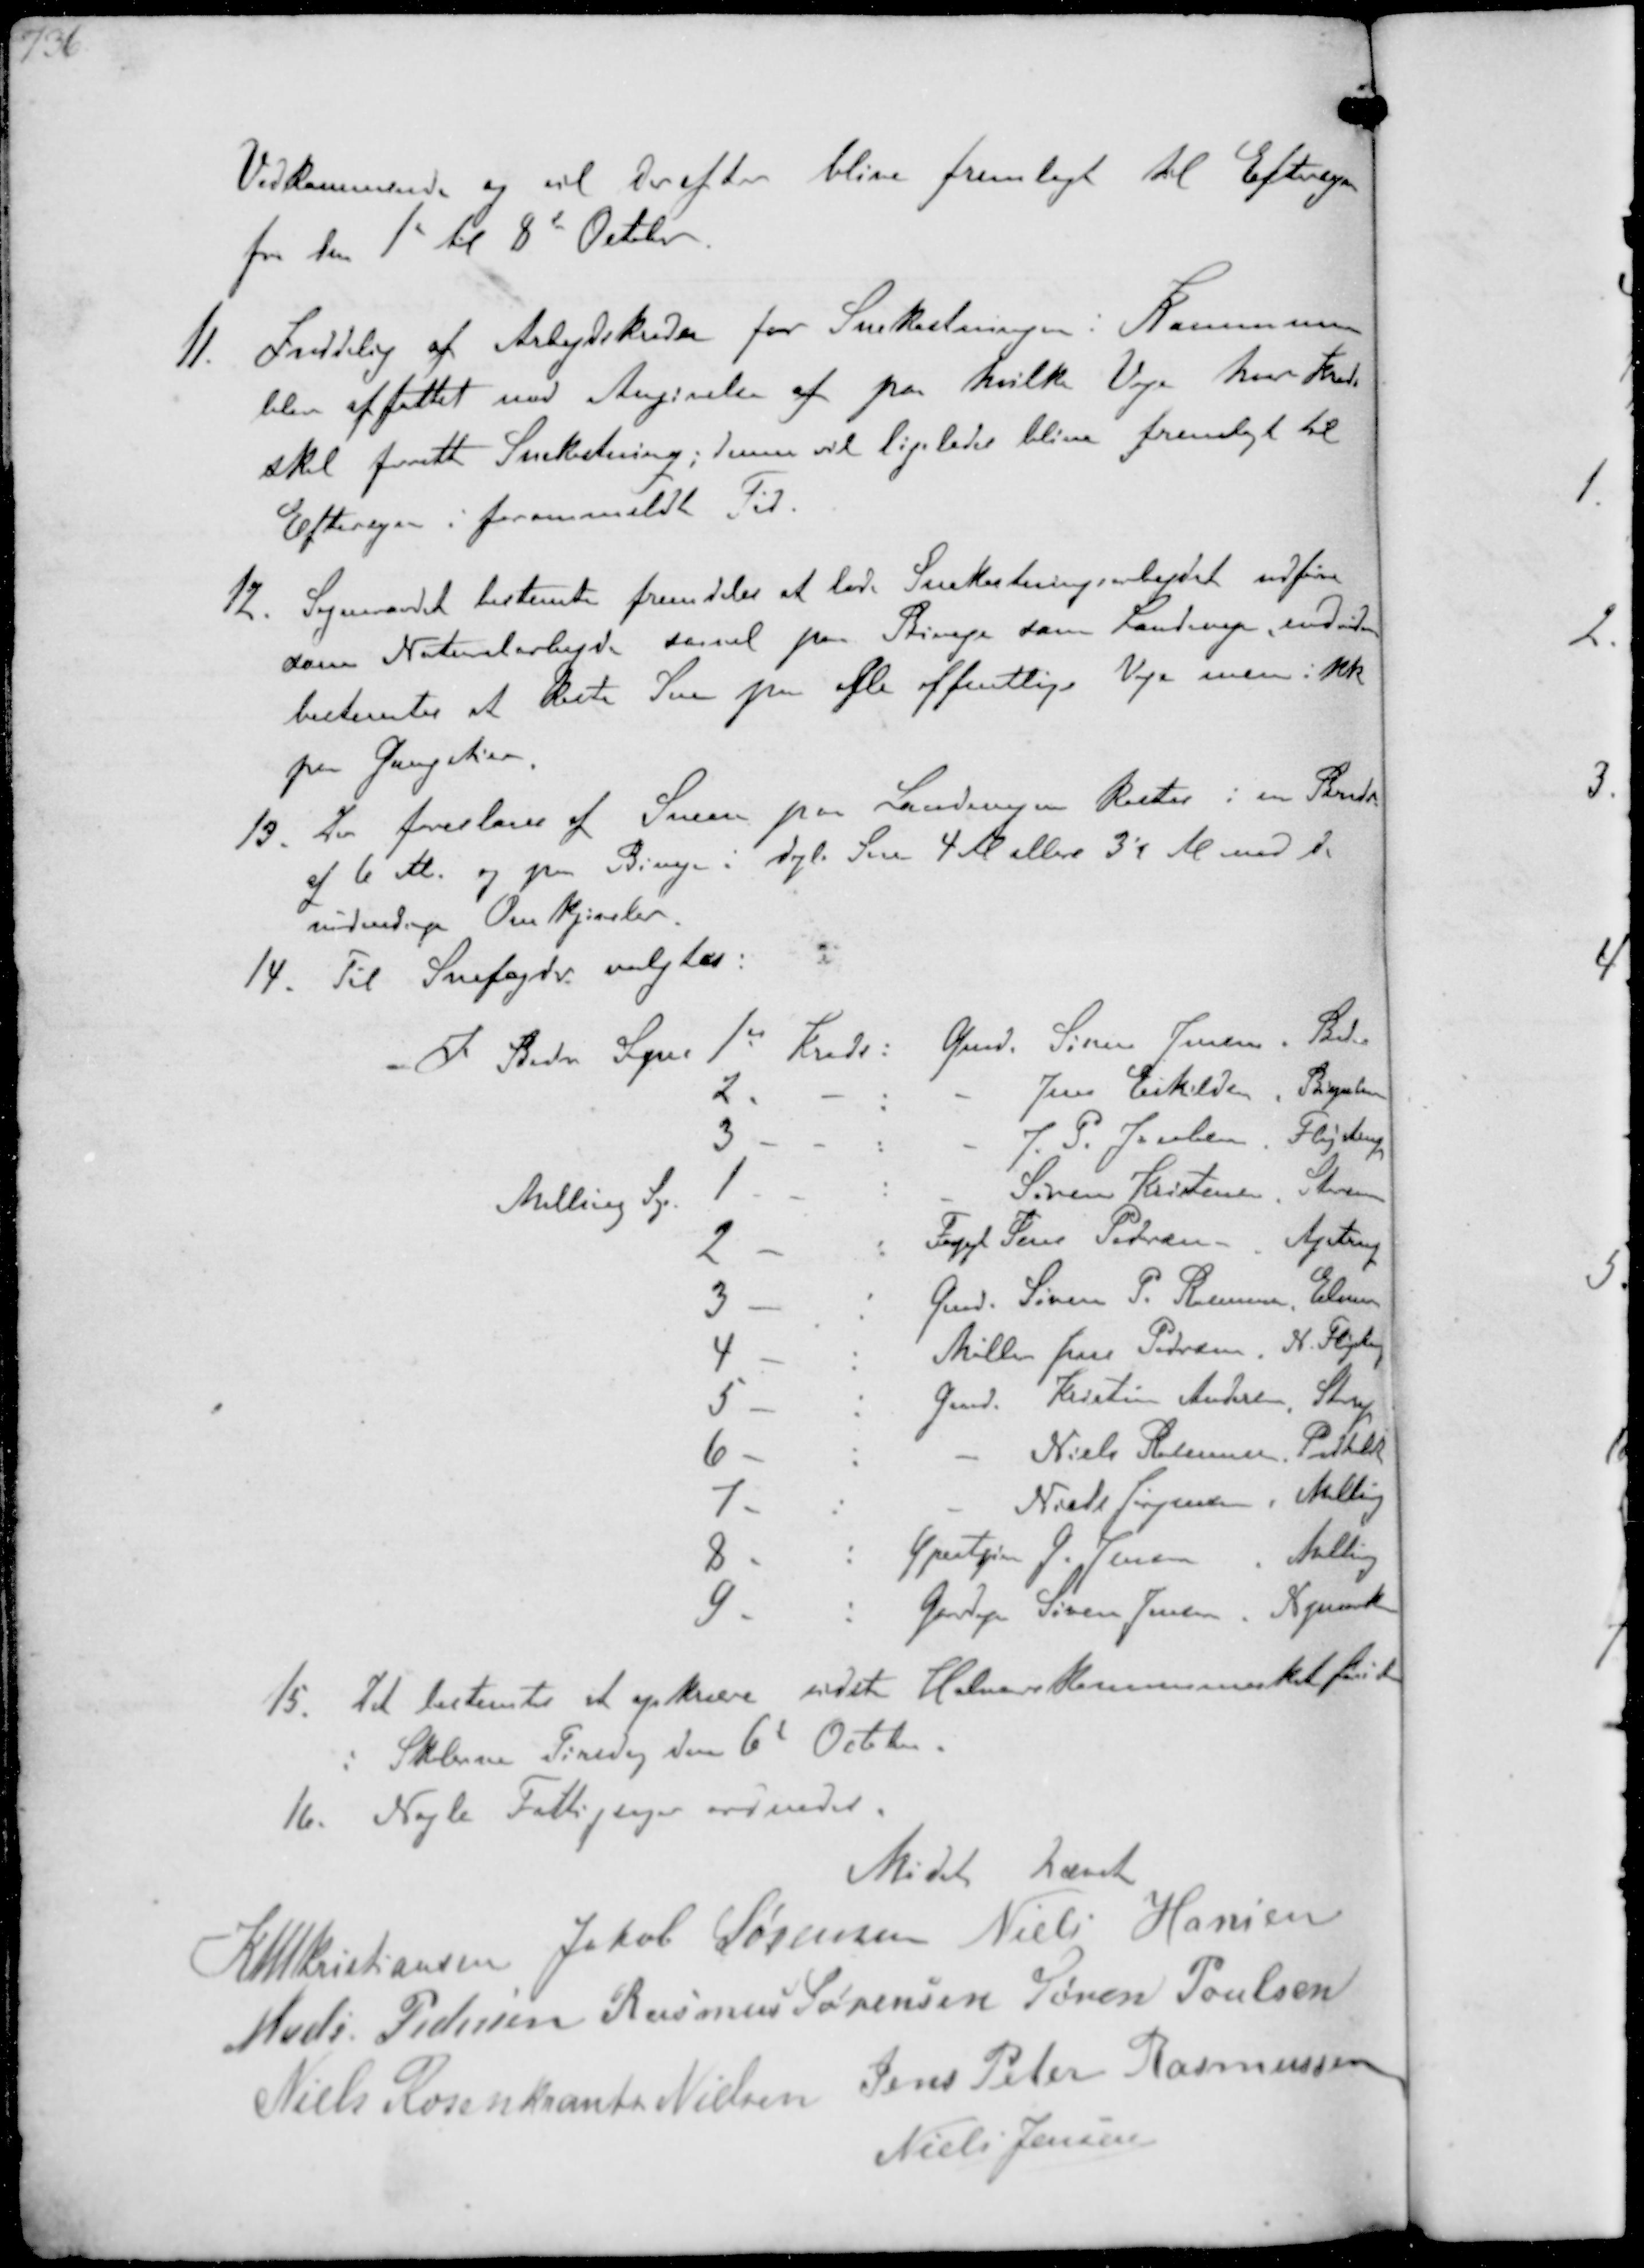
Transskription:
Vedkommende og vil derefter blive fremlagt til Eftersyn
fra den 1' til 8' Octbr.
11 Inddelig af Arbejdskredse for Snekastningen i Kommunen
blev affattet med Angivelse af paa hvilke Veje hver Kreds
skal forrette Snekastning ; denne vil ligeledes blive fremlagt til
Eftersyn i foranmeldte Tid
12. Sogneraadet bestemte fremdeles at lade Snekastningsarbejdet udføre
som Naturalarbejde saavel paa Biveje som Landeveje, endvidere
bestemtes af kaste Sne paa afle offentlige Veje men ikke
paa Gangstier
13. Der foreslaas af Sneen paa Landevejen kastes i en Bredde
af 6 Al. og paa Biveje i dyb Sne 4 Al eller 3½ Al ved de
nødvendige Omkjørsler.
14. Til Snefogder valgtes:
I Beder Sogn 1st Kreds: Gmd. Søren Jensen, Beder
2. - - Jens Eskildsen, Bisgaarden
3 - - J. P. Jacobsen Fløjstrup
Malling Sg 1 -: Søren Kristensen, Storenor
2 - : Forpgt Jens Pedersen, Ajstrup
3 - : Gmd. Søren P. Rasmussen Elmose
4 - : Møller Jens Pedersen, N Fløjstrup
5 - Gmd. Kristian Andersen Starup
6 -: - Niels Rasmussen, Pedholdt
7 - : - Niels Jørgensen, Malling
8 - : Gjæstgiver G Jensen, Malling
9 - Gaardejer Søren Jensen. Nymark
15 Det bestemtes et opkræve sidste Halvaarskommuneskat 
i Skolerne Tirsdag den 6d Octber.
16. Nogle Fattigsager ordnedes.
Mødet hævet
K N M Kristiansen Jakob Sørensen Niels Hansen
Mads Pedersen Rasmus Sørensen Søren Poulsen
Niels Rosenkrands Nielsen Jens Peter Rasmussen
Niels Jensen